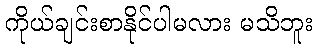
ကိုယ်ချင်းစာနိုင်ပါမလား မသိဘူး